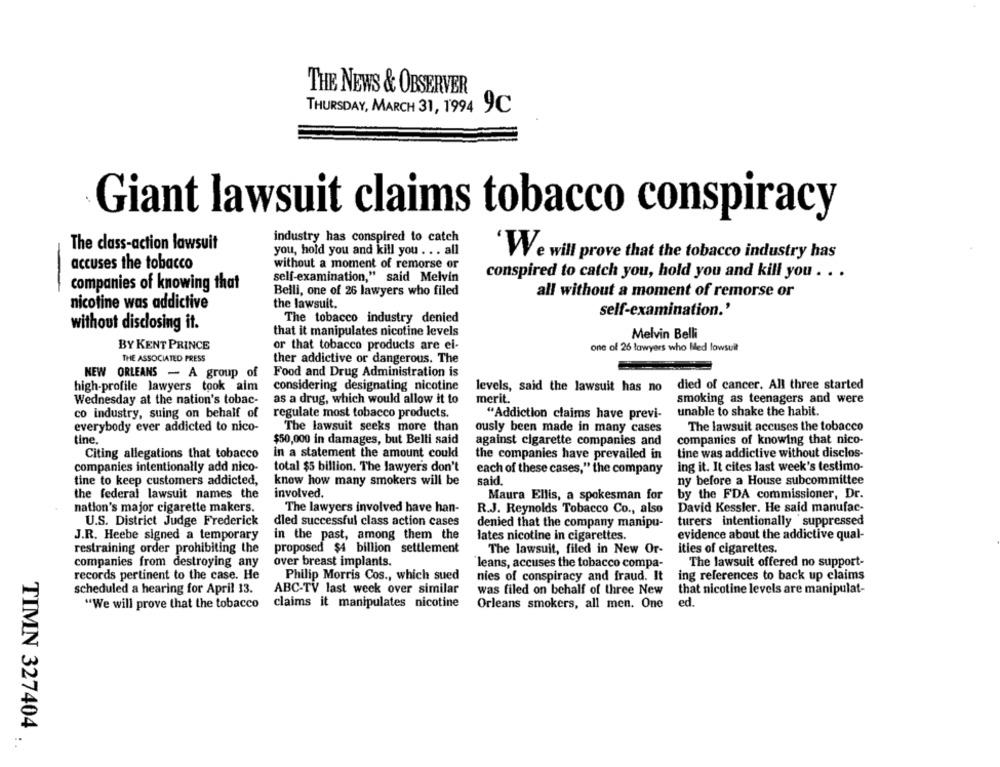
THE NEWS & OBSERVER
THURSDAY, MARCH 31, 1994 9C
Giant lawsuit claims tobacco conspiracy
industry has conspired to catch
The class-action lawsuit
you, hold you and kill you . . . all
'We will prove that the tobacco industry has
accuses the tobacco
without a moment of remorse or
self-examination," said Melvin
conspired to catch you, hold you and kill you . . .
companies of knowing that
Belli, one of 26 lawyers who filed
all without a moment of remorse or
nicotine was addictive
the lawsuit.
self-examination.'
The tobacco industry denied
without disclosing it.
that it manipulates nicotine levels
Melvin Belli
BY KENT PRINCE
or that tobacco products are ei-
one of 26 lawyers who Med lowsuit
THE ASSOCIATED PRESS
ther addictive or dangerous. The
NEW ORLEANS - A group of
Food and Drug Administration is
high-profile lawyers took aim
considering designating nicotine
levels, said the lawsuit has no died of cancer. All three started
Wednesday at the nation's tobac-
as a drug, which would allow it to
merit.
smoking as teenagers and were
co industry, suing on behalf of
regulate most tobacco products.
"Addiction claims have previ-
unable to shake the habit.
everybody ever addicted to nico-
The lawsuit seeks more than
ously been made in many cases
The lawsuit accuses the tobacco
tine.
$50,000 in damages, but Belli said
against cigarette companies and
companies of knowing that nico-
Citing allegations that tobacco
in a statement the amount could
the companies have prevailed in
tine was addictive without disclos-
companies intentionally add nico-
total $5 billion. The lawyer's don't
ing it. It cites last week's testimo-
each of these cases," the company
tine to keep customers addicted,
know how many smokers will be
said.
ny before a House subcommittee
the federal lawsuit names the
involved.
Maura Ellis, a spokesman for
by the FDA commissioner, Dr.
nation's major cigarette makers.
The lawyers involved have han-
R.J. Reynolds Tobacco Co ., also
David Kessler. He said manufac-
U.S. District Judge Frederick
dled successful class action cases
turers intentionally suppressed
denied that the company manipu-
J.R. Heebe signed a temporary
in the past, among them the
lates nicotine in cigarettes.
evidence about the addictive qual-
restraining order prohibiting the
proposed $4 billion settlement
The lawsuit, filed in New Or-
ities of cigarettes.
companies from destroying any
over breast implants.
"leans, accuses the tobacco compa-
The lawsuit offered no support-
records pertinent to the case. He
ing references to back up claims
Philip Morris Cos ., which sued
nies of conspiracy and fraud. It
scheduled a hearing for April 13.
ABC-TV last week over similar
was filed on behalf of three New
that nicotine levels are manipulat-
"We will prove that the tobacco
claims it manipulates nicotine
Orleans smokers, all men. One
ed.
TIMN 327404 .